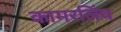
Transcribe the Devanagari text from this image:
कामरलिंघ